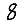
Digit: 8